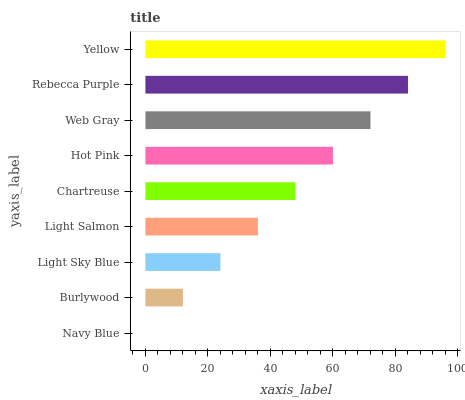
| yaxis_label | bars |
 | --- | --- |
 | Navy Blue | 0 |
 | Burlywood | 12 |
 | Light Sky Blue | 24 |
 | Light Salmon | 36 |
 | Chartreuse | 48 |
 | Hot Pink | 60.1 |
 | Web Gray | 72.1 |
 | Rebecca Purple | 84.1 |
 | Yellow | 96.1 |